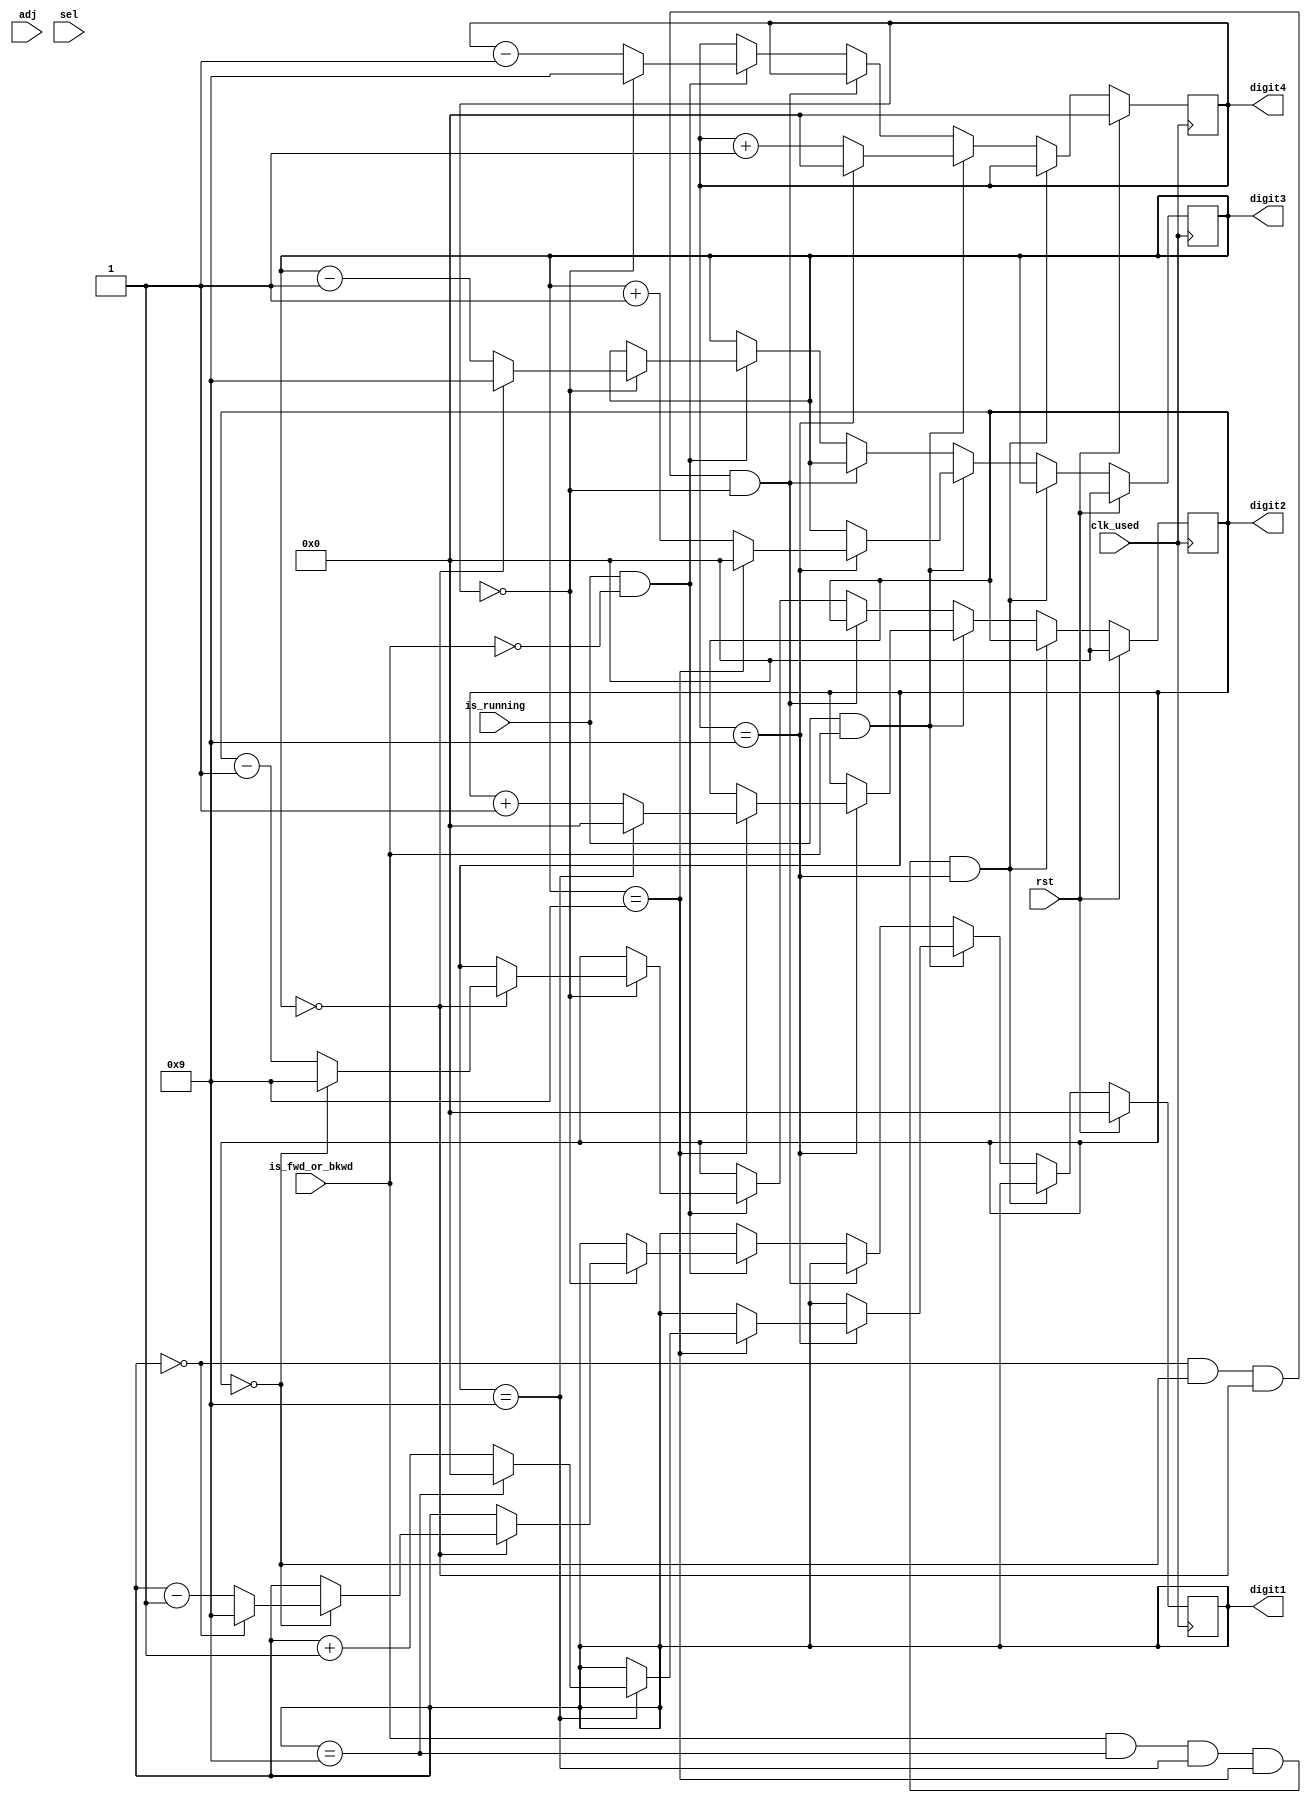
`timescale 1ns / 1ps
//////////////////////////////////////////////////////////////////////////////////
// Company: 
// Engineer: 
// 
// Design Name: 
// Module Name:    counter_milli 
// Project Name: 
// Target Devices: 
// Tool versions: 
// Description: 
//
// Dependencies: 
//
// Revision: 
// Revision 0.01 - File Created
// Additional Comments: 
//
//////////////////////////////////////////////////////////////////////////////////
module counter_milli(
	input clk_used,
    input rst,
    input adj,
    input sel,
    input is_running,
    input is_fwd_or_bkwd,
    output reg[3:0] digit1,
    output reg[3:0] digit2,
    output reg[3:0] digit3,
    output reg[3:0] digit4
    );
	
	always @ (posedge clk_used) begin
        if (rst) begin
				digit1 <= 0;
				digit2 <= 0;
				digit3 <= 0;
				digit4 <= 0;
			end
            else if (is_fwd_or_bkwd && digit1 == 'd9 && digit2 == 'd9 && digit3 == 'd9 && digit4 == 'd9) begin
                //blah
            end
            
			else if (is_running && is_fwd_or_bkwd) begin
        // if running and counting forward
				
				if (digit4 == 'd9) begin
					digit4 <= 0;
					if (digit3 == 'd9) begin
						 digit3 <= 0;
						 if (digit2 == 'd9) begin
							 digit2 <= 0;
							 if (digit1 == 'd9) begin
								 digit1 <= 0;
							 end
							 else begin
								digit1 <= digit1 + 1;
							 end
						 end
						 else begin
							digit2 <= digit2 + 1;
						 end
					 end
					else begin
						digit3 <= digit3 + 1;
					end
				end
				else begin
					digit4 <= digit4 + 1;
				end
				/*if (digit3 == 'd9 && digit4 == 'd9)
					digit3 <= 0;
					if (digit2 == 'd9) begin
						digit2 <= 0;*/
			end
            
            else if (digit1 == 'd0 && digit2 == 'd0 && digit3 == 'd0 && digit4 == 'd0) begin
                //blah
            end
            
            else if (is_running && !is_fwd_or_bkwd) begin
                if (digit4 == 'd0) begin
					digit4 <= 'd9;
					if (digit3 == 'd0) begin
						 digit3 <= 'd9;
						 if (digit2 == 'd0) begin
							 digit2 <= 'd9;
							 if (digit1 == 'd0) begin
								 digit1 <= 'd9;
							 end
							 else begin
								digit1 <= digit1 - 1;
							 end
						 end
						 else begin
							digit2 <= digit2 - 1;
						 end
					 end
					else begin
						digit3 <= digit3 - 1;
					end
				end
				else begin
					digit4 <= digit4 - 1;
				end
				/*if (digit3 == 'd9 && digit4 == 'd9)
					digit3 <= 0;
					if (digit2 == 'd9) begin
						digit2 <= 0;*/
			end
		end
endmodule